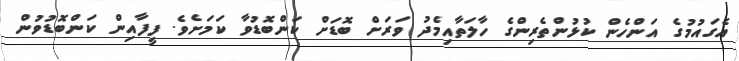
އެގައުމުގެ އަންހެން ކުޅުންތެރިންގެ ހާލަތާއިމެދު ވަރަށް ބޮޑަށް ކަންބޮޑުވާ ކަމަށެވެ. ފީފާއިން ކަންބޮޑުވުން